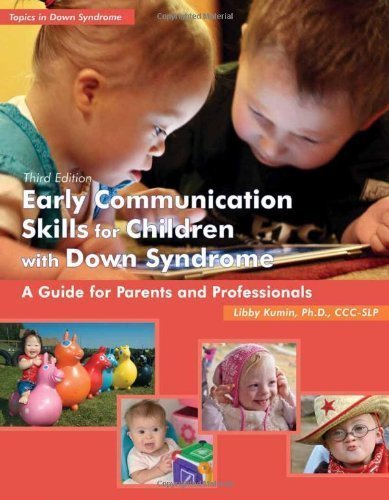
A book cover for Early Communication Skills for Children with Down Syndrome: A Guide for Parents and Professionals (Topics in Down Syndrome) 3rd (third) Edition by Libby Kumin published by Woodbine House (2012); Health, Fitness & Dieting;